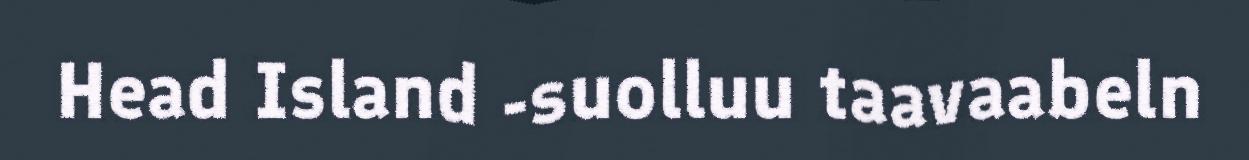
Head Island -suolluu taavaabeln